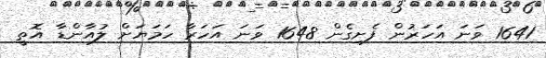
1641 ވަނަ އަހަރުން ފެށިގެން 1648 ވަނަ އަހަރާ ހަމަޔަށް ލުއާންޑާ އޮތީ